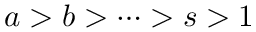
a > b > \dots > s > 1